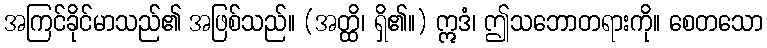
အကြင်ခိုင်မာသည်၏ အဖြစ်သည်။ (အတ္ထိ၊ ရှိ၏။) ဣဒံ၊ ဤသဘောတရားကို။ စေတသော